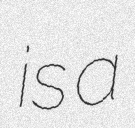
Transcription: is a